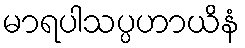
မာရပါသပ္ပဟာယိနံ